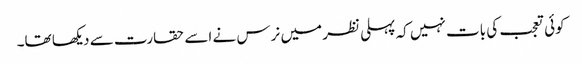
کوئی تعجب کی بات نہیں کہ پہلی نظر میں نرس نے اسے حقارت سے دیکھا تھا۔